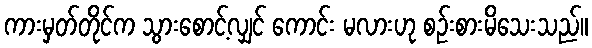
ကားမှတ်တိုင်က သွားစောင့်လျှင် ကောင်း မလားဟု စဉ်းစားမိသေးသည်။